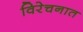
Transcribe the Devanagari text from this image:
विरेचनात